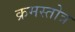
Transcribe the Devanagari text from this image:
क्रमस्तोत्र